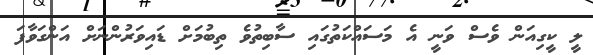
ލީ ކީގިއަން ވެސް ވަނީ އެ މަސައްކަތުގައި ސާބިތުވެ ތިބުމަށް ޑައިވަރުންނަށް އަންގަވާފަ